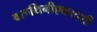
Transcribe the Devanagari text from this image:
वरूथिनीएकादशी